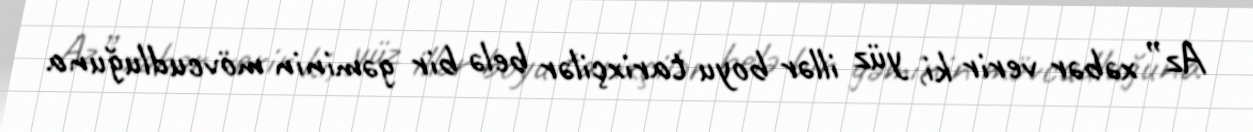
Az” xəbər verir ki, yüz illər boyu tarixçilər belə bir gəminin mövcudluğuna